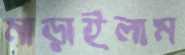
মাড়াইলাম